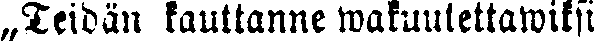
„Teidän kauttanne wakuutettawiksi